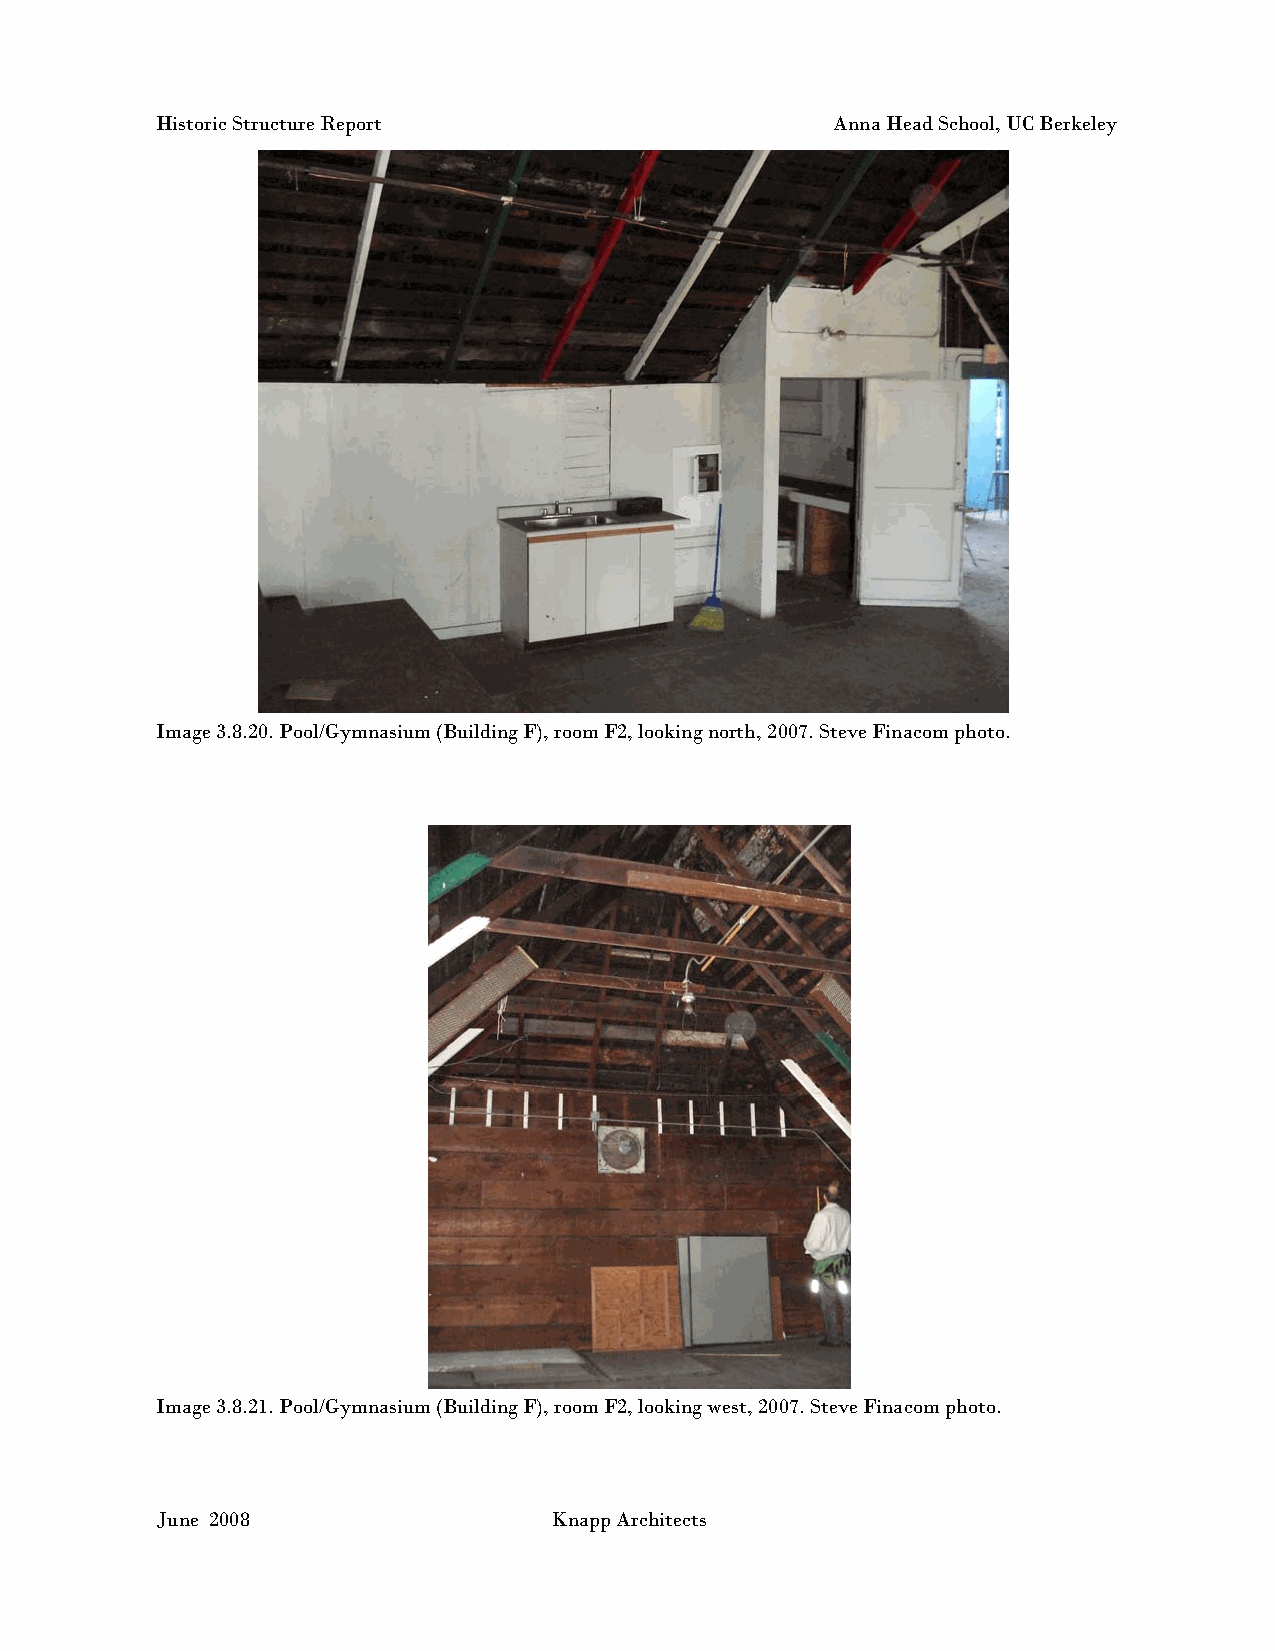
Historic Structure Report                    Anna Head School, UC Berkeley
 Image 3.8.20. Pool/Gymnasium (Building F), room F2, looking north, 2007. Steve Finacom photo.
 Image 3.8.21. Pool/Gymnasium (Building F), room F2, looking west, 2007. Steve Finacom photo.
 June 2008                 Knapp Architects